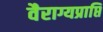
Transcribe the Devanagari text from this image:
वैराग्यप्राप्ति